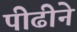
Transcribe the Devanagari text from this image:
पीढीने